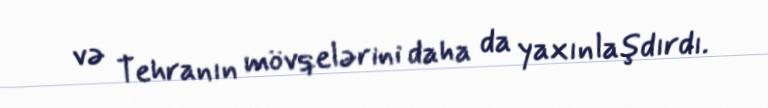
və Tehranın mövqelərini daha da yaxınlaşdırdı.